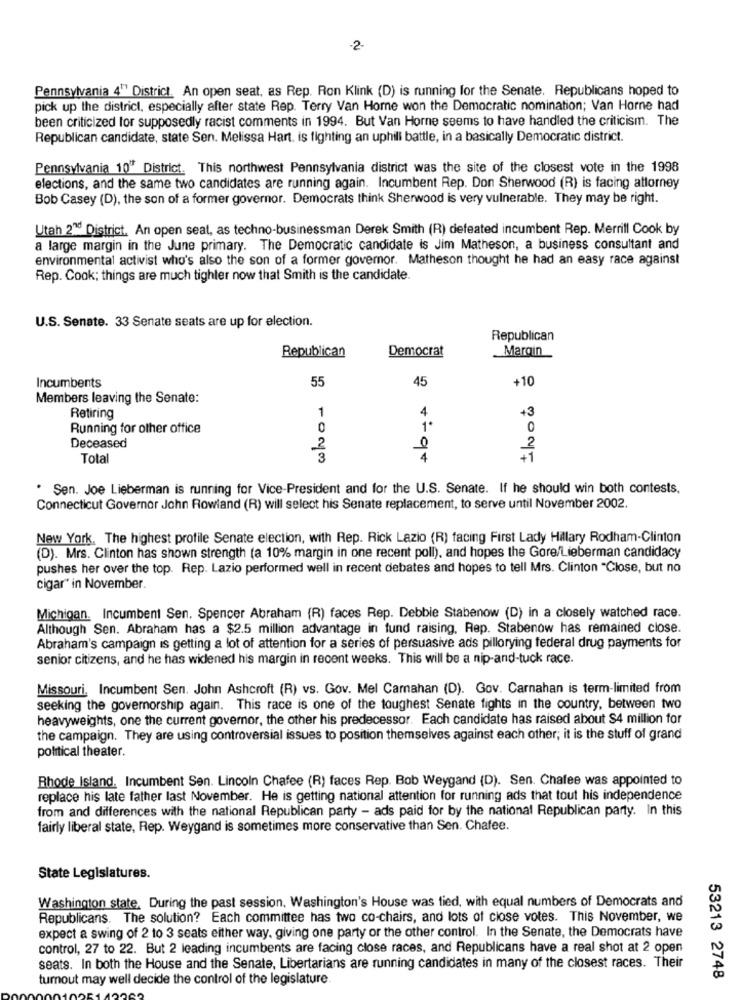
-2-
Pennsylvania 4" District. An open seat, as Rep. Ron Klink (D) is running for the Senate. Republicans hoped to
pick up the district, especially after state Rep. Terry Van Horne won the Democratic nomination; Van Horne had
been criticized for supposedly racist comments in 1994. But Van Horne seems to have handled the criticism. The
Republican candidate, state Sen. Melissa Hart. is fighting an uphill battle, in a basically Democratic district.
Pennsylvania 10" District. This northwest Pennsylvania district was the site of the closest vote in the 1998
elections, and the same two candidates are running again. Incumbent Rep. Don Sherwood (R) is facing attorney
Bob Casey (D), the son of a former governor. Democrats think Sherwood is very vulnerable. They may be right.
Utah 216 District. An open seat, as techno-businessman Derek Smith (R) defeated incumbent Rep. Merrill Cook by
a large margin in the June primary. The Democratic candidate is Jim Matheson, a business consultant and
environmental activist who's also the son of a former governor. Matheson thought he had an easy race against
Rep. Cook; things are much tighter now that Smith is the candidate.
U.S. Senate. 33 Senate seats are up for election.
Republican
Republican
Democrat
Margin
Incumbents
55
45
+10
toto
Members leaving the Senate:
1
4
+3
Retiring
Running for other office
0
1
0
Deceased
2
Total
3
4194
. Sen. Joe Lieberman is running for Vice-President and for the U.S. Senate. If he should win both contests.
Connecticut Governor John Rowland (R) will select his Senate replacement, to serve until November 2002.
New York. The highest profile Senate election, with Rep. Rick Lazio (R) facing First Lady Hillary Rodham-Clinton
(D). Mrs. Clinton has shown strength (a 10% margin in one recent poll), and hopes the Gore/Lieberman candidacy
pushes her over the top. Rep. Lazio performed well in recent debates and hopes to tell Mrs. Clinton "Close, but no
cigar" in November.
Michigan. Incumbent Sen. Spencer Abraham (R) faces Rep. Debbie Stabenow (D) in a closely watched race.
Although Sen. Abraham has a $2.5 million advantage in fund raising, Rep. Stabenow has remained close.
Abraham's campaign is getting a lot of attention for a series of persuasive ads pillorying federal drug payments for
senior citizens, and he has widened his margin in recent weeks. This will be a nip-and-tuck race.
Missouri, Incumbent Sen. John Ashcroft (R) vs. Gov. Mel Camahan (D). Gov. Carnahan is term-limited from
seeking the governorship again. This race is one of the toughest Senate fights in the country, between two
heavyweights, one the current governor, the other his predecessor. Each candidate has raised about $4 million for
the campaign. They are using controversial issues to position themselves against each other; it is the stuff of grand
political theater.
Rhode Island. Incumbent Sen. Lincoln Chafee (R) faces Rep. Bob Weygand (D). Sen. Chafee was appointed to
replace his late father last November. He is getting national attention for running ads that tout his independence
from and differences with the national Republican party - ads paid for by the national Republican party. In this
fairly liberal state, Rep. Weygand is sometimes more conservative than Sen. Chafee.
State Legislatures.
Washington state, During the past session, Washington's House was tied, with equal numbers of Democrats and
Republicans. The solution? Each committee has two co-chairs, and lots of close votes. This November, we
expect a swing of 2 to 3 seats either way, giving one party or the other control. In the Senate, the Democrats have
control, 27 to 22. But 2 leading incumbents are facing close races, and Republicans have a real shot at 2 open
seats. In both the House and the Senate, Libertarians are running candidates in many of the closest races. Their
turnout may well decide the control of the legislature
53213 2748